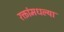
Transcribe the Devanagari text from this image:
रक्तांमधल्या